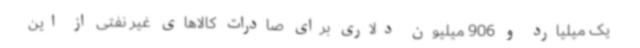
یک میلیارد و 906 میلیون دلاری برای صادرات کالاهای غیر نفتی از این